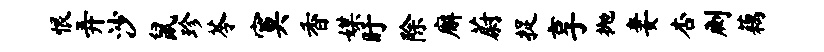
恨弄沙鼠珍苓寞香媒盱除廨蔚捉享抛妻杏劂藕